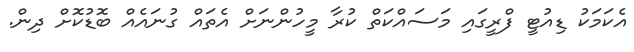
އެކަމަކު ޑިއުޓީ ފްރީގައި މަސައްކަތް ކުރާ މީހުންނަށް އެތައް ގުނައެއް ބޮޑުކޮށް ދިން.